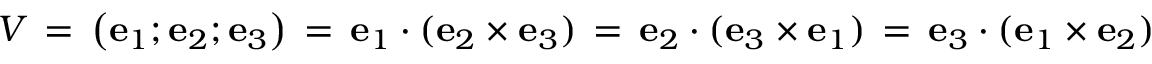
V \, = \, \left( \mathbf { e } _ { 1 } ; \mathbf { e } _ { 2 } ; \mathbf { e } _ { 3 } \right) \, = \, \mathbf { e } _ { 1 } \cdot ( \mathbf { e } _ { 2 } \times \mathbf { e } _ { 3 } ) \, = \, \mathbf { e } _ { 2 } \cdot ( \mathbf { e } _ { 3 } \times \mathbf { e } _ { 1 } ) \, = \, \mathbf { e } _ { 3 } \cdot ( \mathbf { e } _ { 1 } \times \mathbf { e } _ { 2 } )